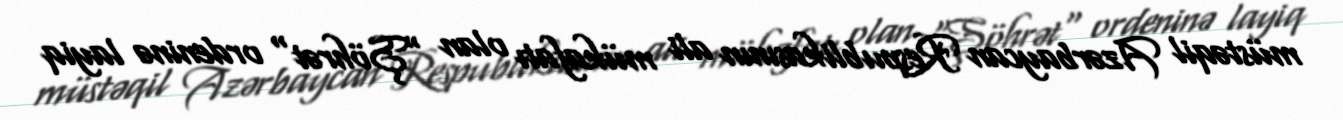
müstəqil Azərbaycan Respublikasının ali mükafatı olan "Şöhrət" ordeninə layiq